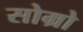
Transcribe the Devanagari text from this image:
सोम्रो